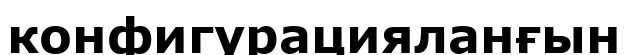
конфигурацияланғын